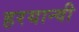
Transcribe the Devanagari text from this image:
हरयान्वी